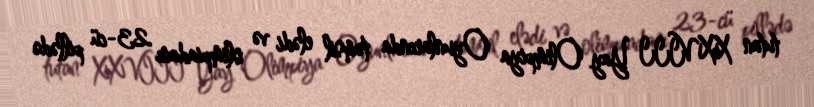
tutan XXVIII Yay Olimpiya Oyunlarında təmsil elədi və olimpiadanı 23-cü pillədə